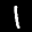
Label: 1